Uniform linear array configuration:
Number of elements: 48
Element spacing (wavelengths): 0.5
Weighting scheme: exponential
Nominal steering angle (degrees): -15
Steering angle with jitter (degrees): -15.55
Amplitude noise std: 0.05
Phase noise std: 0.05

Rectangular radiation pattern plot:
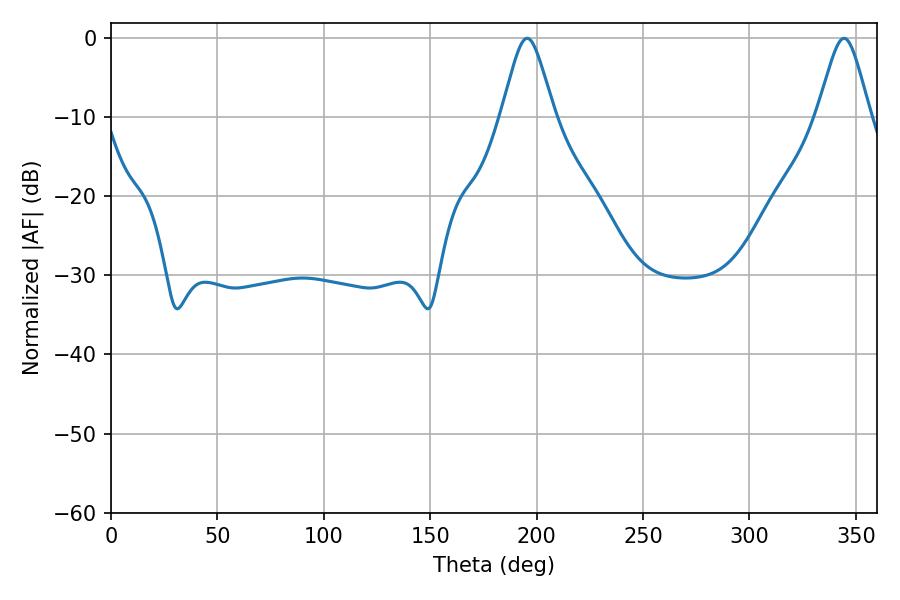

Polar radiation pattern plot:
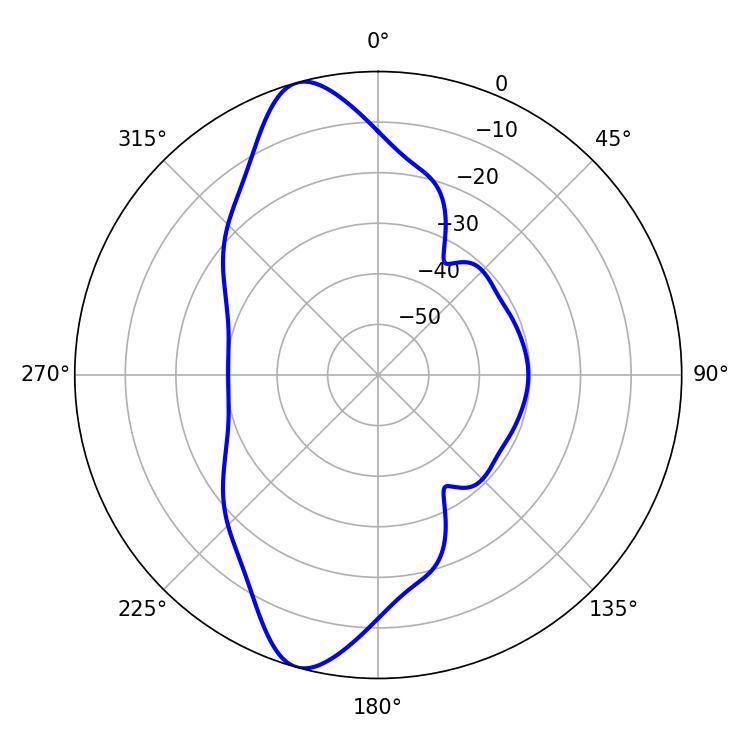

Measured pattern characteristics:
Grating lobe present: FALSE
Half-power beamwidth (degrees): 12.06
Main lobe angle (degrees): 195.48